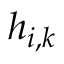
h _ { i , k }